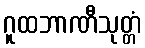
ဂူထဘာဏီသုတ္တံ